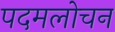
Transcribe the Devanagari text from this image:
पदमलोचन